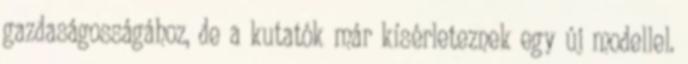
gazdaságosságához, de a kutatók már kísérleteznek egy új modellel.